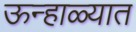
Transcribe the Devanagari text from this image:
ऊन्हाळ्यात